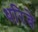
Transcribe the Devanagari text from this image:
धरिबे